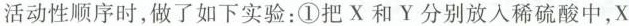
活动性顺序时，做了如下实验：①把X和Y分别放入稀硫酸中，X